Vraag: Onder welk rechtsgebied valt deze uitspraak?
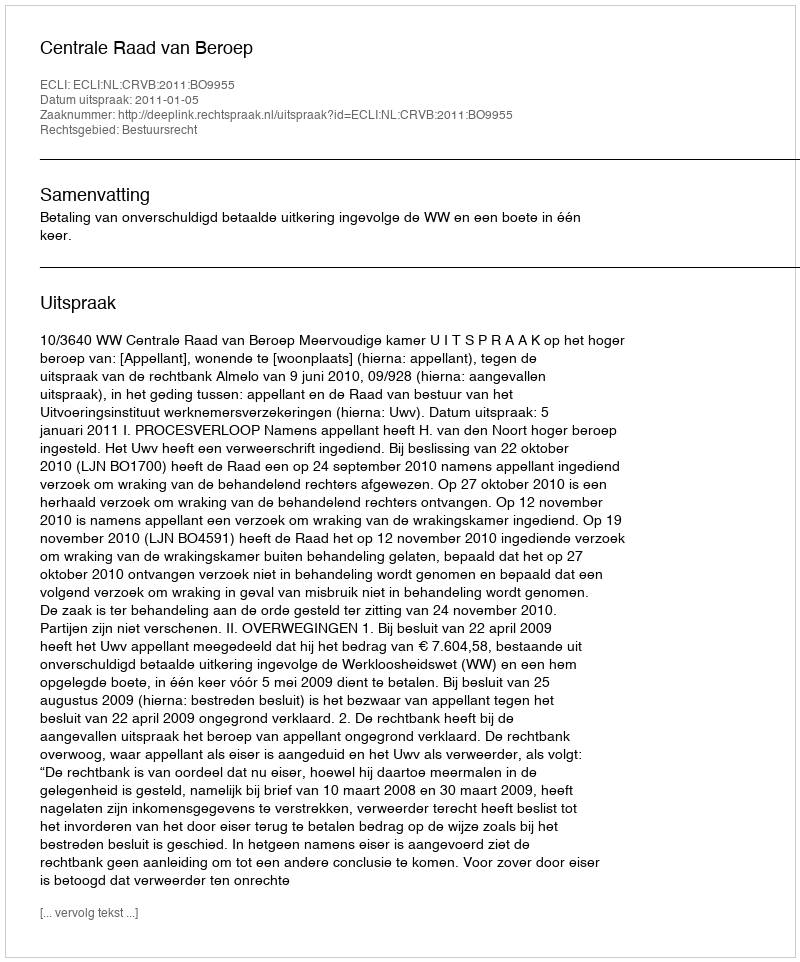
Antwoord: Bestuursrecht